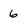
Character: 6